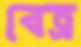
বেত্র